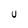
Character: U